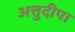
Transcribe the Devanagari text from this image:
अत्तुदीपा